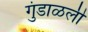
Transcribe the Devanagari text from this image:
गुंडाळली